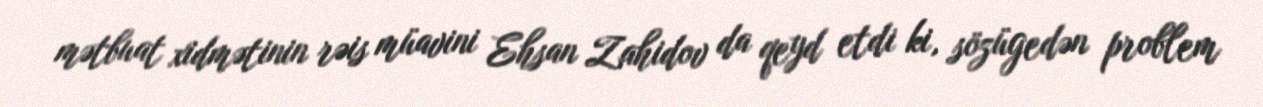
mətbuat xidmətinin rəis müavini Ehsan Zahidov da qeyd etdi ki, sözügedən problem